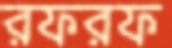
রফরফ